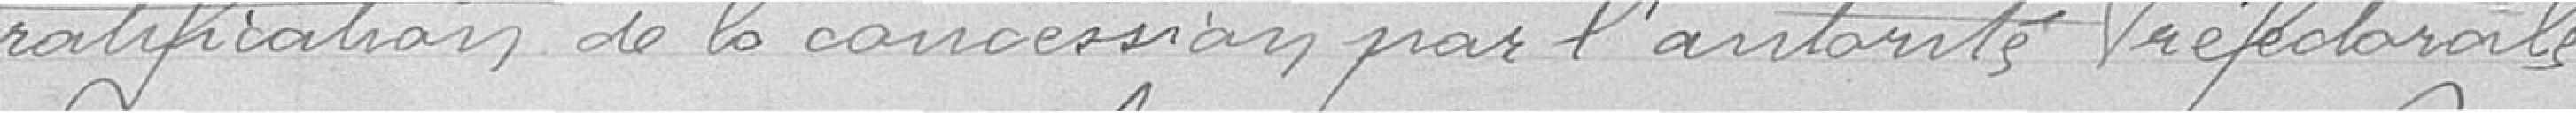
ratification de la concession par l'autorité préfectorale.